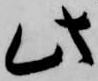
此